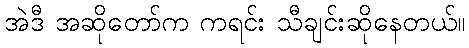
အဲဒီ အဆိုတော်က ကရင်း သီချင်းဆိုနေတယ်။